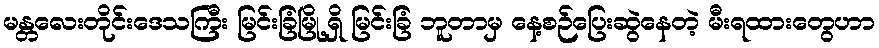
မန္တလေးတိုင်းဒေသကြီး မြင်းခြံမြို့ရှိ မြင်းခြံ ဘူတာမှ နေ့စဉ်ပြေးဆွဲနေတဲ့ မီးရထားတွေဟာ